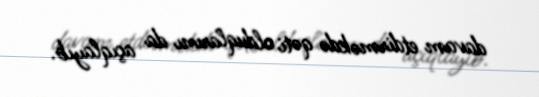
davam etdirməkdə qəti olduqlarını da açıqlayıb.